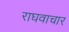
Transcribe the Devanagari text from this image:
राघवाचार